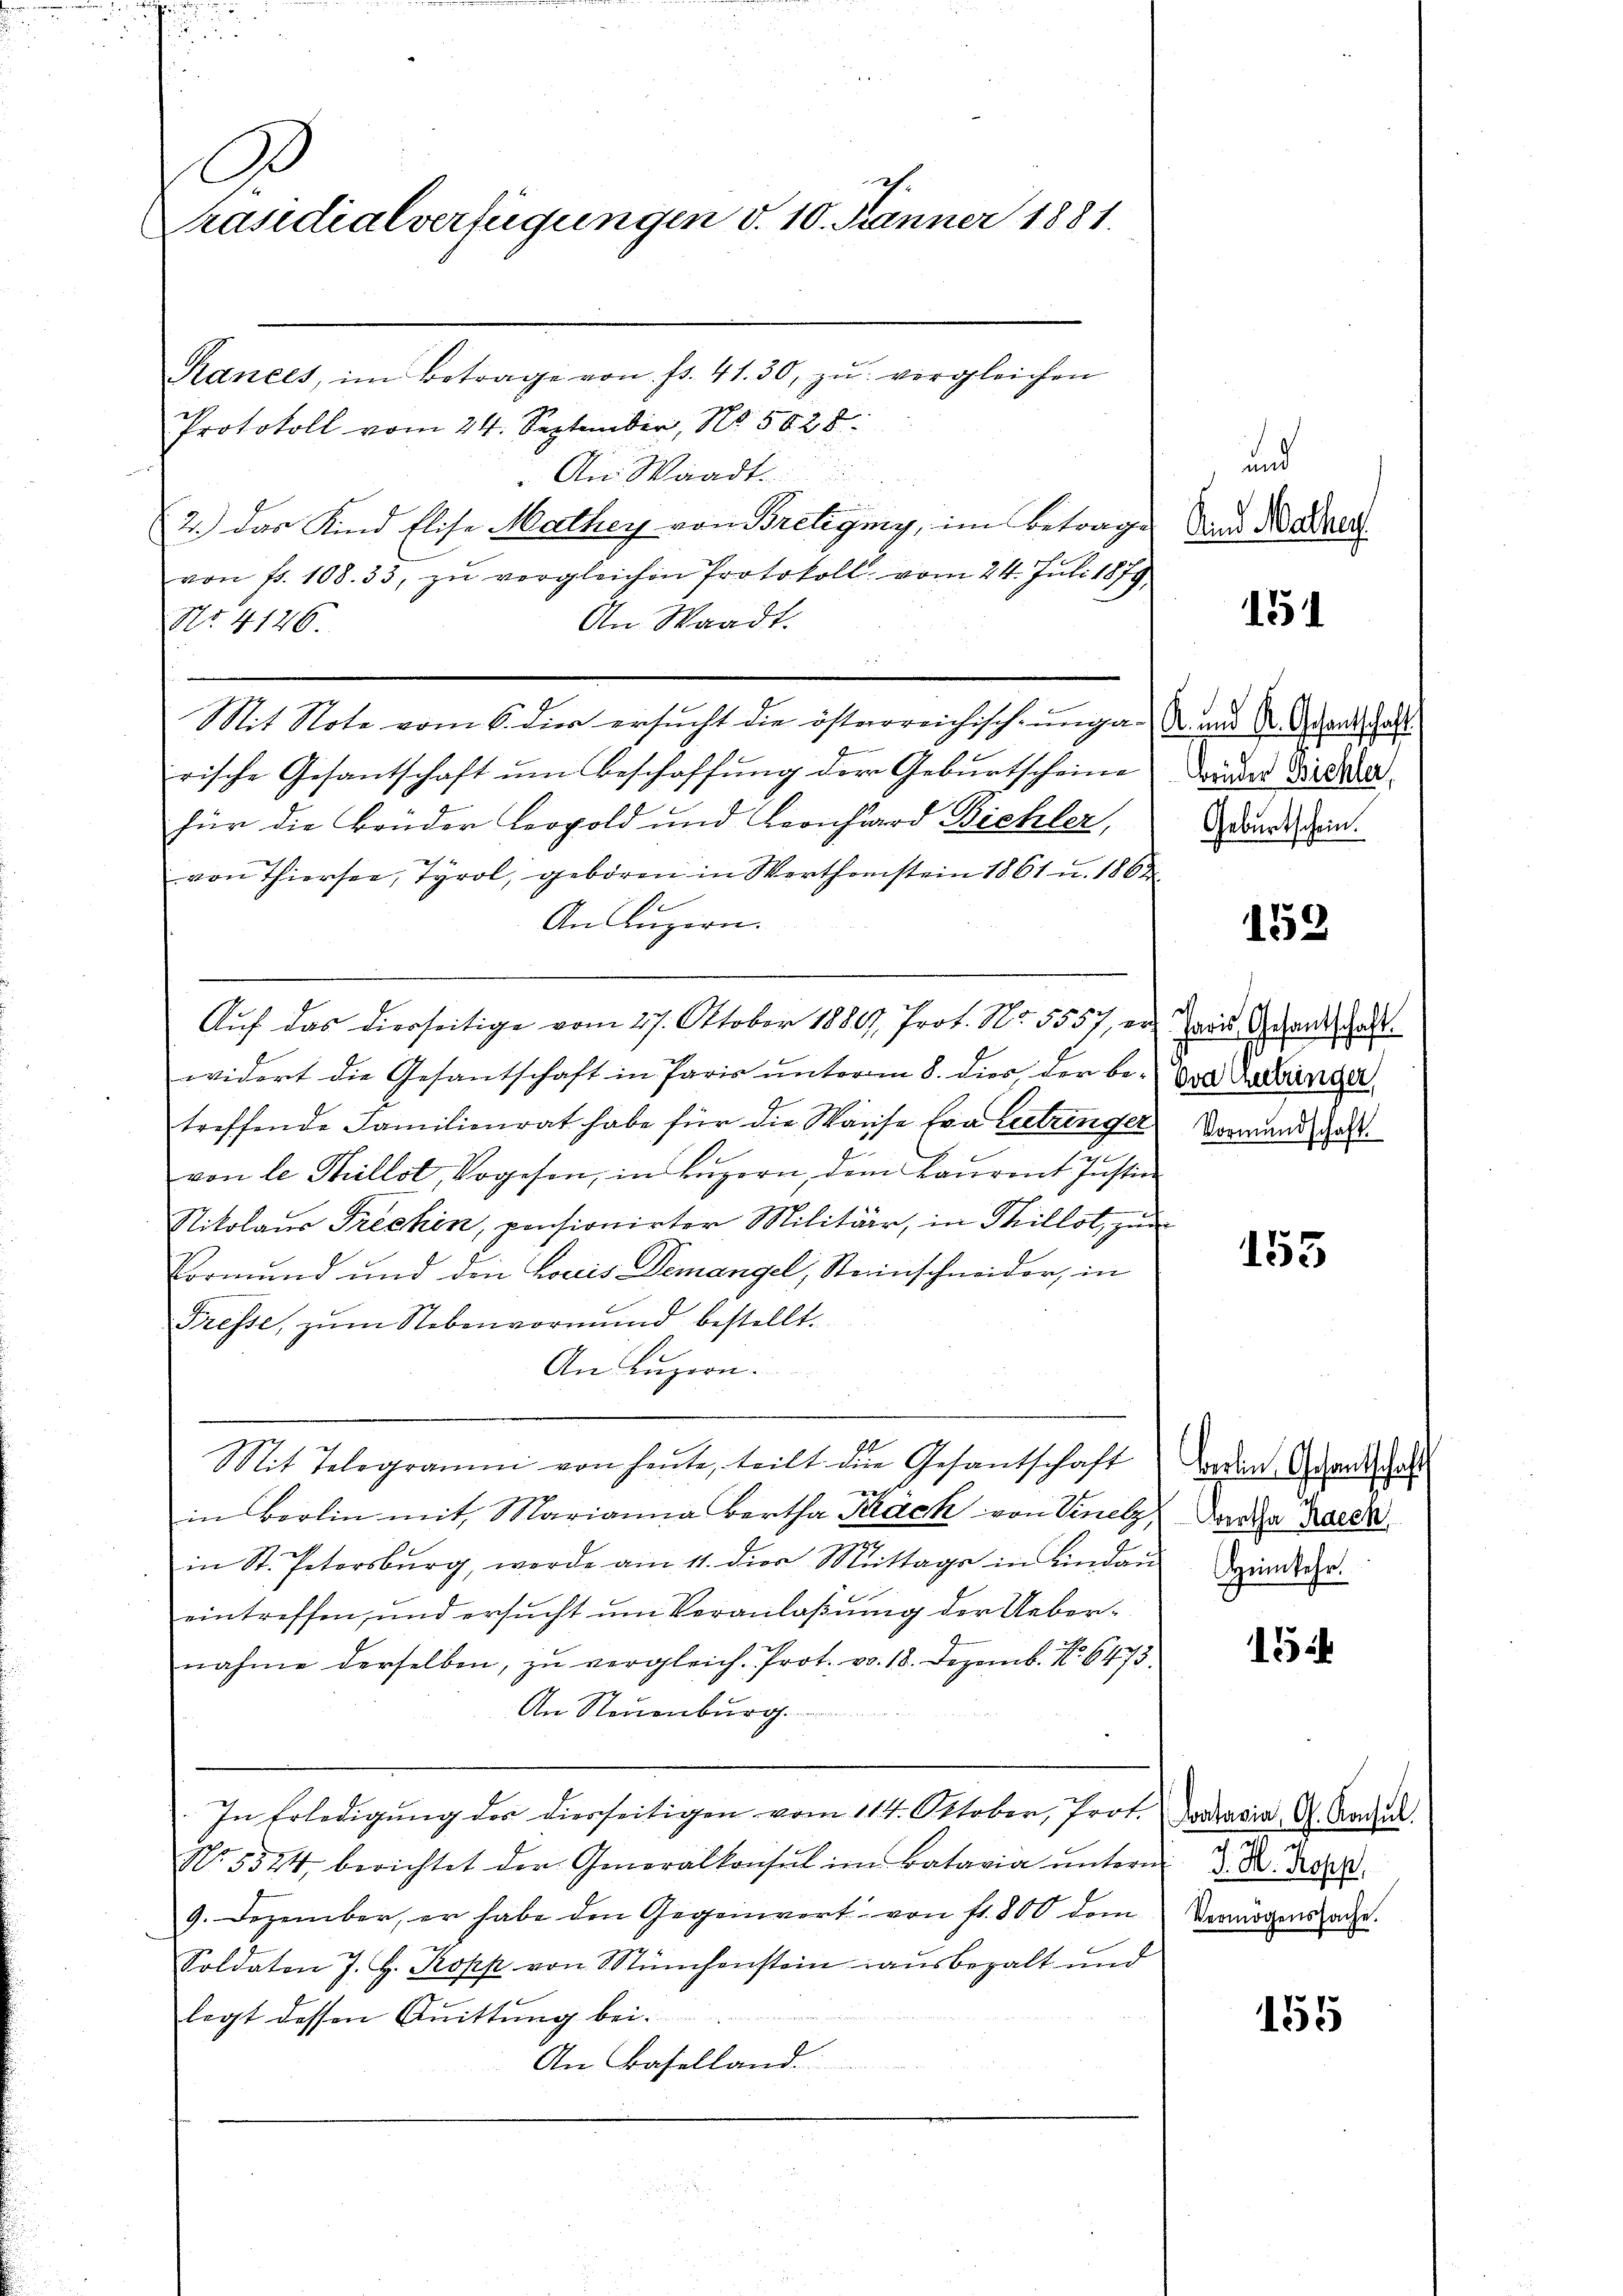
D
Präsidialverfügungen d. 10. Jänner 1881.

Rancés, im Betrage von fr. 41. 30, zŭ vergleichen
Protokoll vom 24. September, No. 5028
An Waadt.
2.) Das Kind Elise Mathey von Breligny, im Betrage
von fr. 108. 33, zu vergleichen Protokoll vom 24. Juli 1879
An Waadt.
Nr. 4146.
Mit Note vom 6. der ersucht die österreichisch-unga-S. und Sr. Gesandtschaft
rische Gesantschaft ŭm Beschaffung der Geburtscheine
für die Brüder Leopold und Leonhard Bichler,
von Thiersee, Tyrol, geboren in Werthenstein 1861 u. 1862
An Luzern.
Auf das Dierseitige vom 27. Oktober 1880, Prot. No. 5557, er aus Gesandtschaft.
widert die Gesantschaft in Paris ŭnterm 8. dies der be- Von Balinea
treffende Familienrat habe für die Waise Eva betrenger Vormund das
von le Tillst, Vogesen, in Luzern, dem Bauront Instin
Nikolaus Prechin, pensionirter Militär, in Thillot, zur
Vormund und den Louis Demangel, Steinschneider, in
Fresse, zŭm Nebenvormund bestellt.
An Luzern.
Mit Telegramm von heute, teilt die Gesantschaft
e
in Berlin mit Marianna Bertha Krach von Vinelz,
in St. Petersburg, werde am 11. die Mittags in Lindau
eintreffen, und ersucht um Veranlaßung der Uebernahme derselben, zŭ vergleich. Prot. v. 18. Dezemb. Nr. 6473.
An Steuenburg.
In Erledigung des diesseitigen vom 114. Oktober, Prot.
N. 5524 berichtet der Generalkonsul im Batavia ŭnterm 3. D. Re
9. Dezember, er habe den Gegenwert von fr. 800 dem
Soldaten J. H. Kopp von Münchenstein ausbezalt und
legt dessen Quittung bei
An Baselland.

und
Sind Mathes

Brüder Bichler,
Geburtschein.

151

153

153

Berlin Gesamtschaf¬
Wertha Haeck
Heimkehr.

15

Coatavia, G. Konsul
Vermögenssache.

15